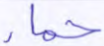
حمإ